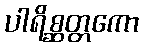
ပါရိစ္ဆတ္တကော